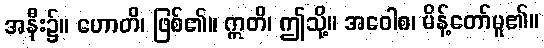
အနီး၌။ ဟောတိ၊ ဖြစ်၏။ ဣတိ၊ ဤသို့။ အဝေါစ၊ မိန့်တော်မူ၏။